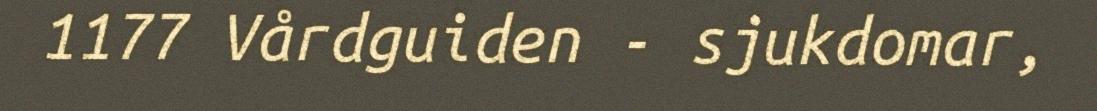
1177 Vårdguiden - sjukdomar,